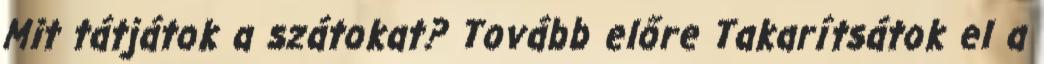
Mit tátjátok a szátokat? Tovább előre Takarítsátok el a